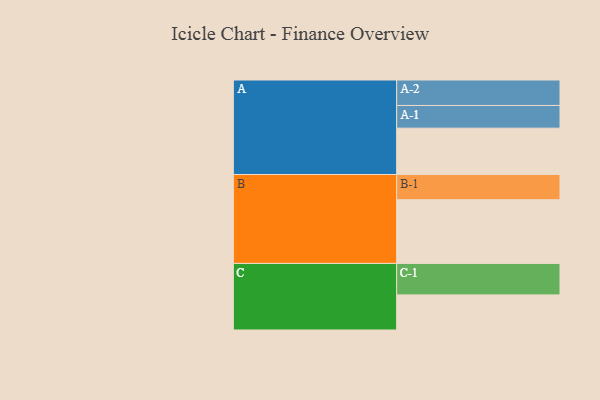
{"axis": {"x": "Segment", "y": "Value"}, "legend": ["", "A", "B", "C"], "data": [{"x": "A", "y": 433, "type": ""}, {"x": "B", "y": 595, "type": ""}, {"x": "C", "y": 328, "type": ""}, {"x": "A-1", "y": 212, "type": "A"}, {"x": "A-2", "y": 238, "type": "A"}, {"x": "B-1", "y": 236, "type": "B"}, {"x": "C-1", "y": 294, "type": "C"}]}